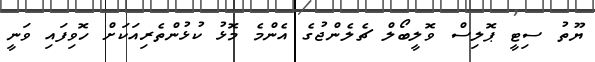
ޔޫތު ސިޓީ ޕޮލިސް ވޮލީބޯލް ޗެލެންޖުގެ އެންމެ މޮޅު ކުޅުންތެރިއަކަށް ހޮވިފައި ވަނީ